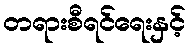
တရားစီရင်ရေးနှင့်